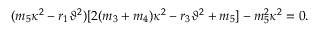
( m _ { 5 } \kappa ^ { 2 } - r _ { 1 } \vartheta ^ { 2 } ) [ 2 ( m _ { 3 } + m _ { 4 } ) \kappa ^ { 2 } - r _ { 3 } \vartheta ^ { 2 } + m _ { 5 } ] - m _ { 5 } ^ { 2 } \kappa ^ { 2 } = 0 .